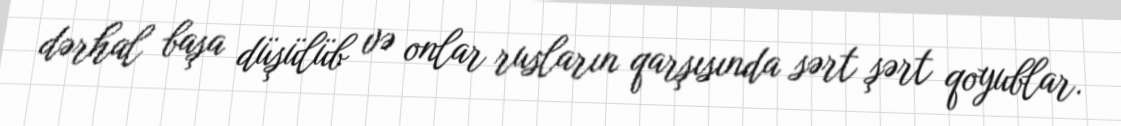
dərhal başa düşülüb və onlar rusların qarşısında sərt şərt qoyublar.